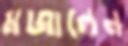
মজালেন